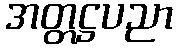
အတ္တဋ္ဌပညာ